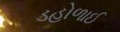
ડહોળાઈ